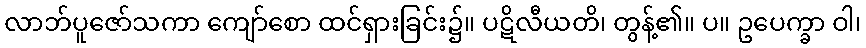
လာဘ်ပူဇော်သကာ ကျော်စော ထင်ရှားခြင်း၌။ ပဋိလီယတိ၊ တွန့်၏။ ပ။ ဥပေက္ခာ ဝါ၊